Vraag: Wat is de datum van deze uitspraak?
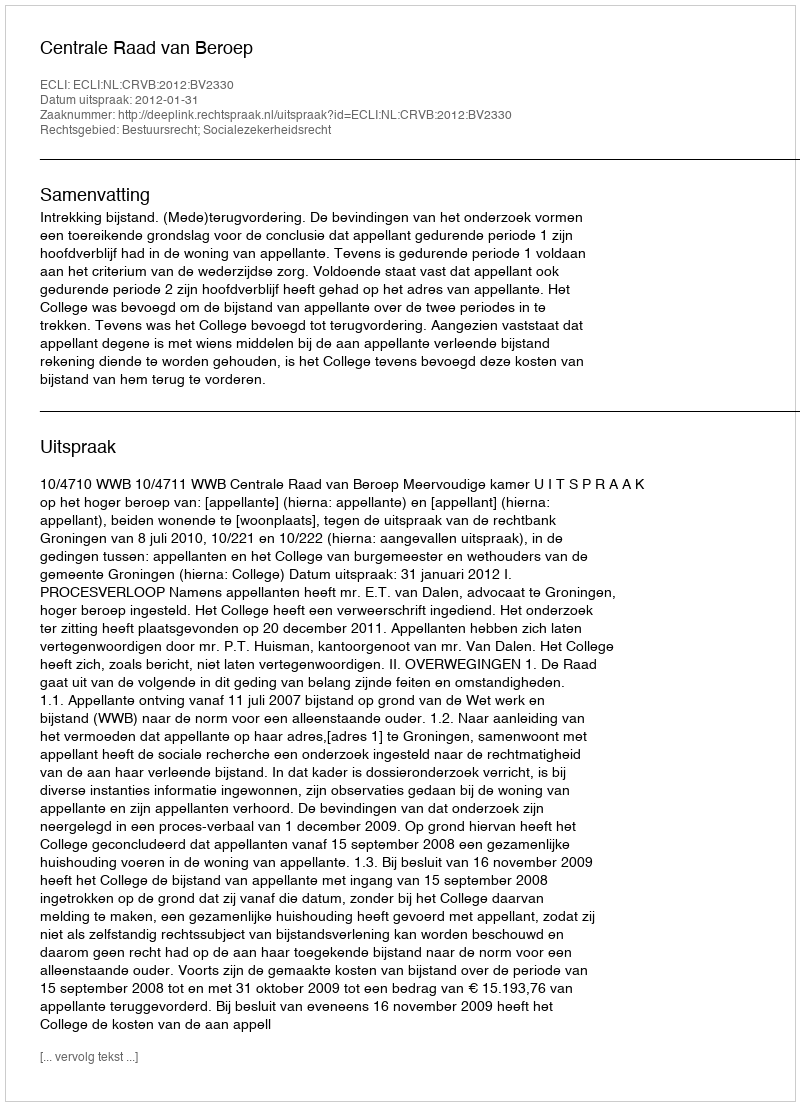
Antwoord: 2012-01-31